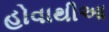
હોવાથીઆ